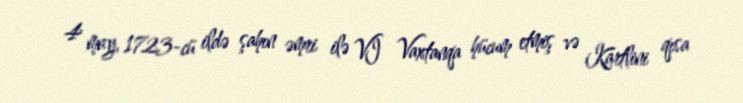
4 may, 1723-cü ildə şahın əmri ilə VI Vaxtanqa hücum etmiş və Kartlini qısa